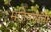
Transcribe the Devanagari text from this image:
महिषामती